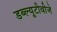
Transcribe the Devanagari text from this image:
डब्ल्यूटीवीजे